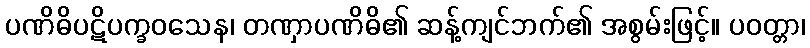
ပဏိဓိပဋိပက္ခဝသေန၊ တဏှာပဏိဓိ၏ ဆန့်ကျင်ဘက်၏ အစွမ်းဖြင့်။ ပဝတ္တာ၊